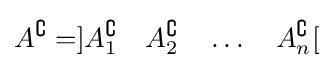
A^{\complement }=]A_{1}^{\complement }\quad A_{2}^{\complement }\quad \dots \quad A_{n}^{\complement }[